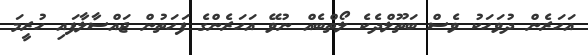
އަހަރެން ދުވަހަކު ވެސް ބަތޫލްދެކެ ލޯތްބެއް ނުވޭ އަހަރެންގެ ފަހަތުން ޖައްސާލާފައި ހުރީމަ